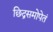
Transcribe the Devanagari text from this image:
छिद्रसमोपेतं